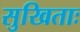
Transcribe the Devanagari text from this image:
सुखिताः